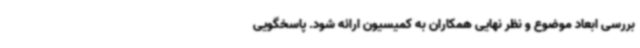
بررسی ابعاد موضوع و نظر نهایی همکاران به کمیسیون ارائه شود. پاسخگویی